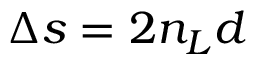
\Delta s = 2 n _ { L } d